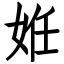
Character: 姙